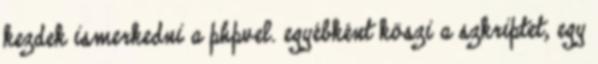
kezdek ismerkedni a phpvel. egyébként köszi a szkriptet, egy